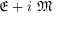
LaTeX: { \mathfrak { E } } + i \ { \mathfrak { M } }